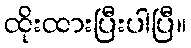
ထိုးထားပြီးပါပြီ။